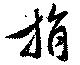
捐